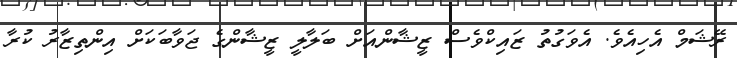
ރޭޝަމް އެހިއެވެ. އެވަގުތު ޒައިކްވެސް ޒީޝާންއަށް ބަލާލީ ޒީޝާންގެ ޖަވާބަކަށް އިންތިޒާރު ކުރާ